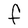
Character: F